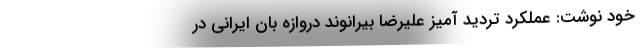
خود نوشت: عملکرد تردید آمیز علیرضا بیرانوند دروازه بان ایرانی در